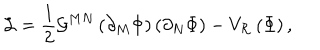
\mathcal { L } = \frac { 1 } { 2 } \mathcal { G } ^ { M N } \left( \partial _ { M } \Phi \right) \left( \partial _ { N } \Phi \right) - V _ { \mathcal { R } } \left( \Phi \right) ,